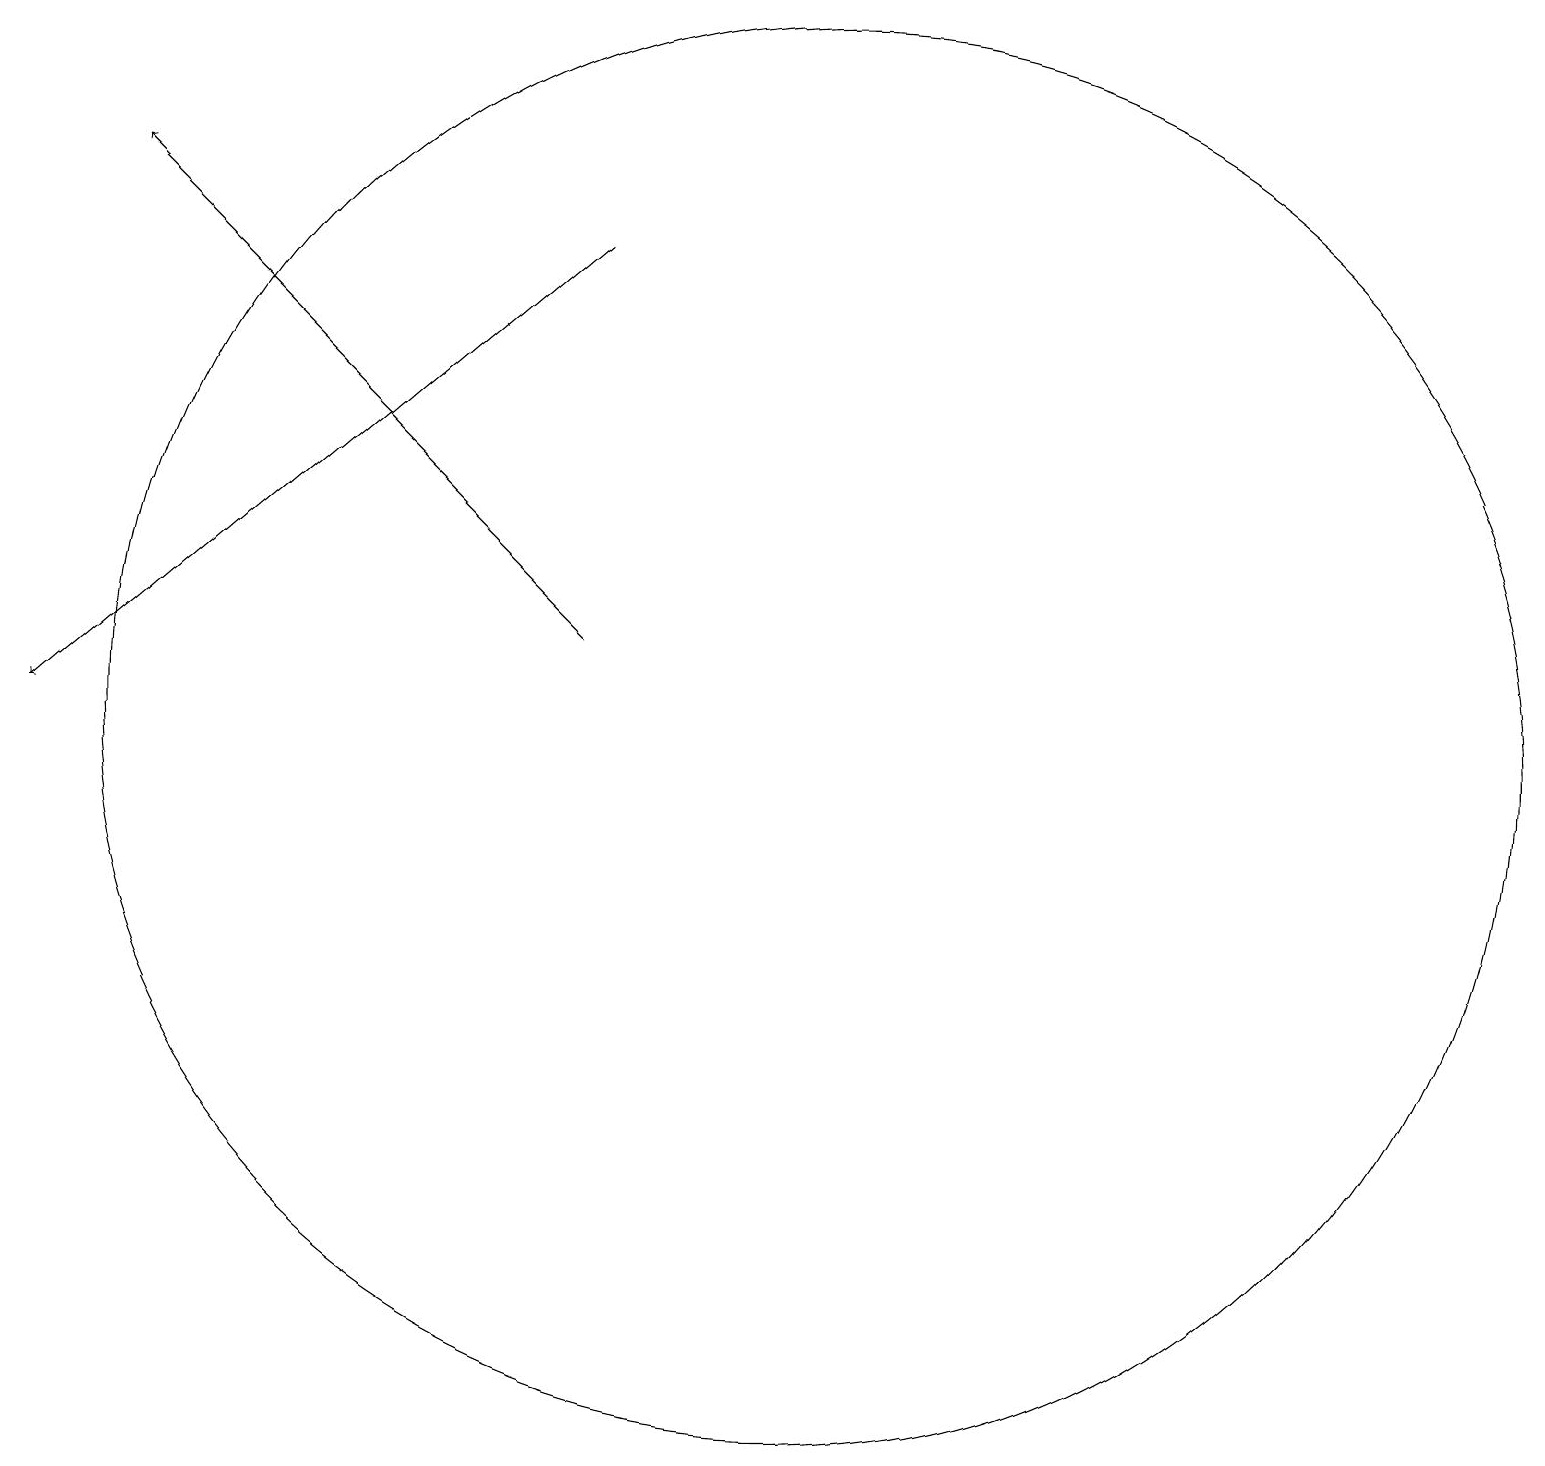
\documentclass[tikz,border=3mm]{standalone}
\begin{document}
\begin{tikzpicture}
\draw (10,12) circle (9);
\draw[->] (7,18) -- (0,12);
\draw[->] (7,13) -- (1,19);
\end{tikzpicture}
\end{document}